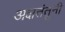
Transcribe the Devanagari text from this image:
अक्षतंतूनी